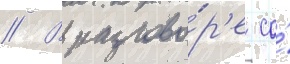
// В разгово́р'е со́